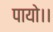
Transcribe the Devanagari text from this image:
पायो।।